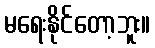
မရေးနိုင်တော့ဘူး။